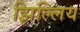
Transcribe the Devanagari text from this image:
झिल्लिय